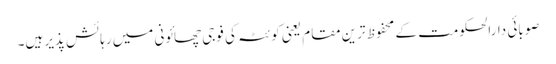
صوبائی دارالحکومت کے محفوظ ترین مقام یعنی کوئٹہ کی فوجی چھائونی میں رہائش پذیر ہیں۔